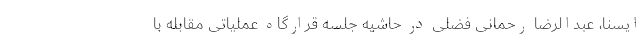
ایسنا، عبدالرضا رحمانی فضلی در حاشیه جلسه قرارگاه عملیاتی مقابله با